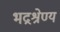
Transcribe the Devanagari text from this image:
भद्रश्रेण्य